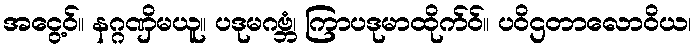
အငွေ့ဝ်။ နဂ္ဂဏှိမယူ။ ပဒုမဂဗ္ဘံ၊ ကြာပဒုမာထိုက်ဝ်။ ပဝိဌတာလောဝိယ၊